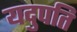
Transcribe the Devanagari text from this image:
यदुपति